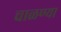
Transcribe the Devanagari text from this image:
चाळण्या